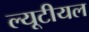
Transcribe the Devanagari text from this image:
ल्यूटीयल